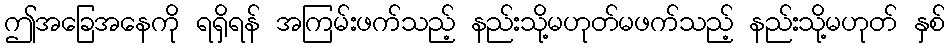
ဤအခြေအနေကို ရရှိရန် အကြမ်းဖက်သည့် နည်းသို့မဟုတ်မဖက်သည့် နည်းသို့မဟုတ် နှစ်